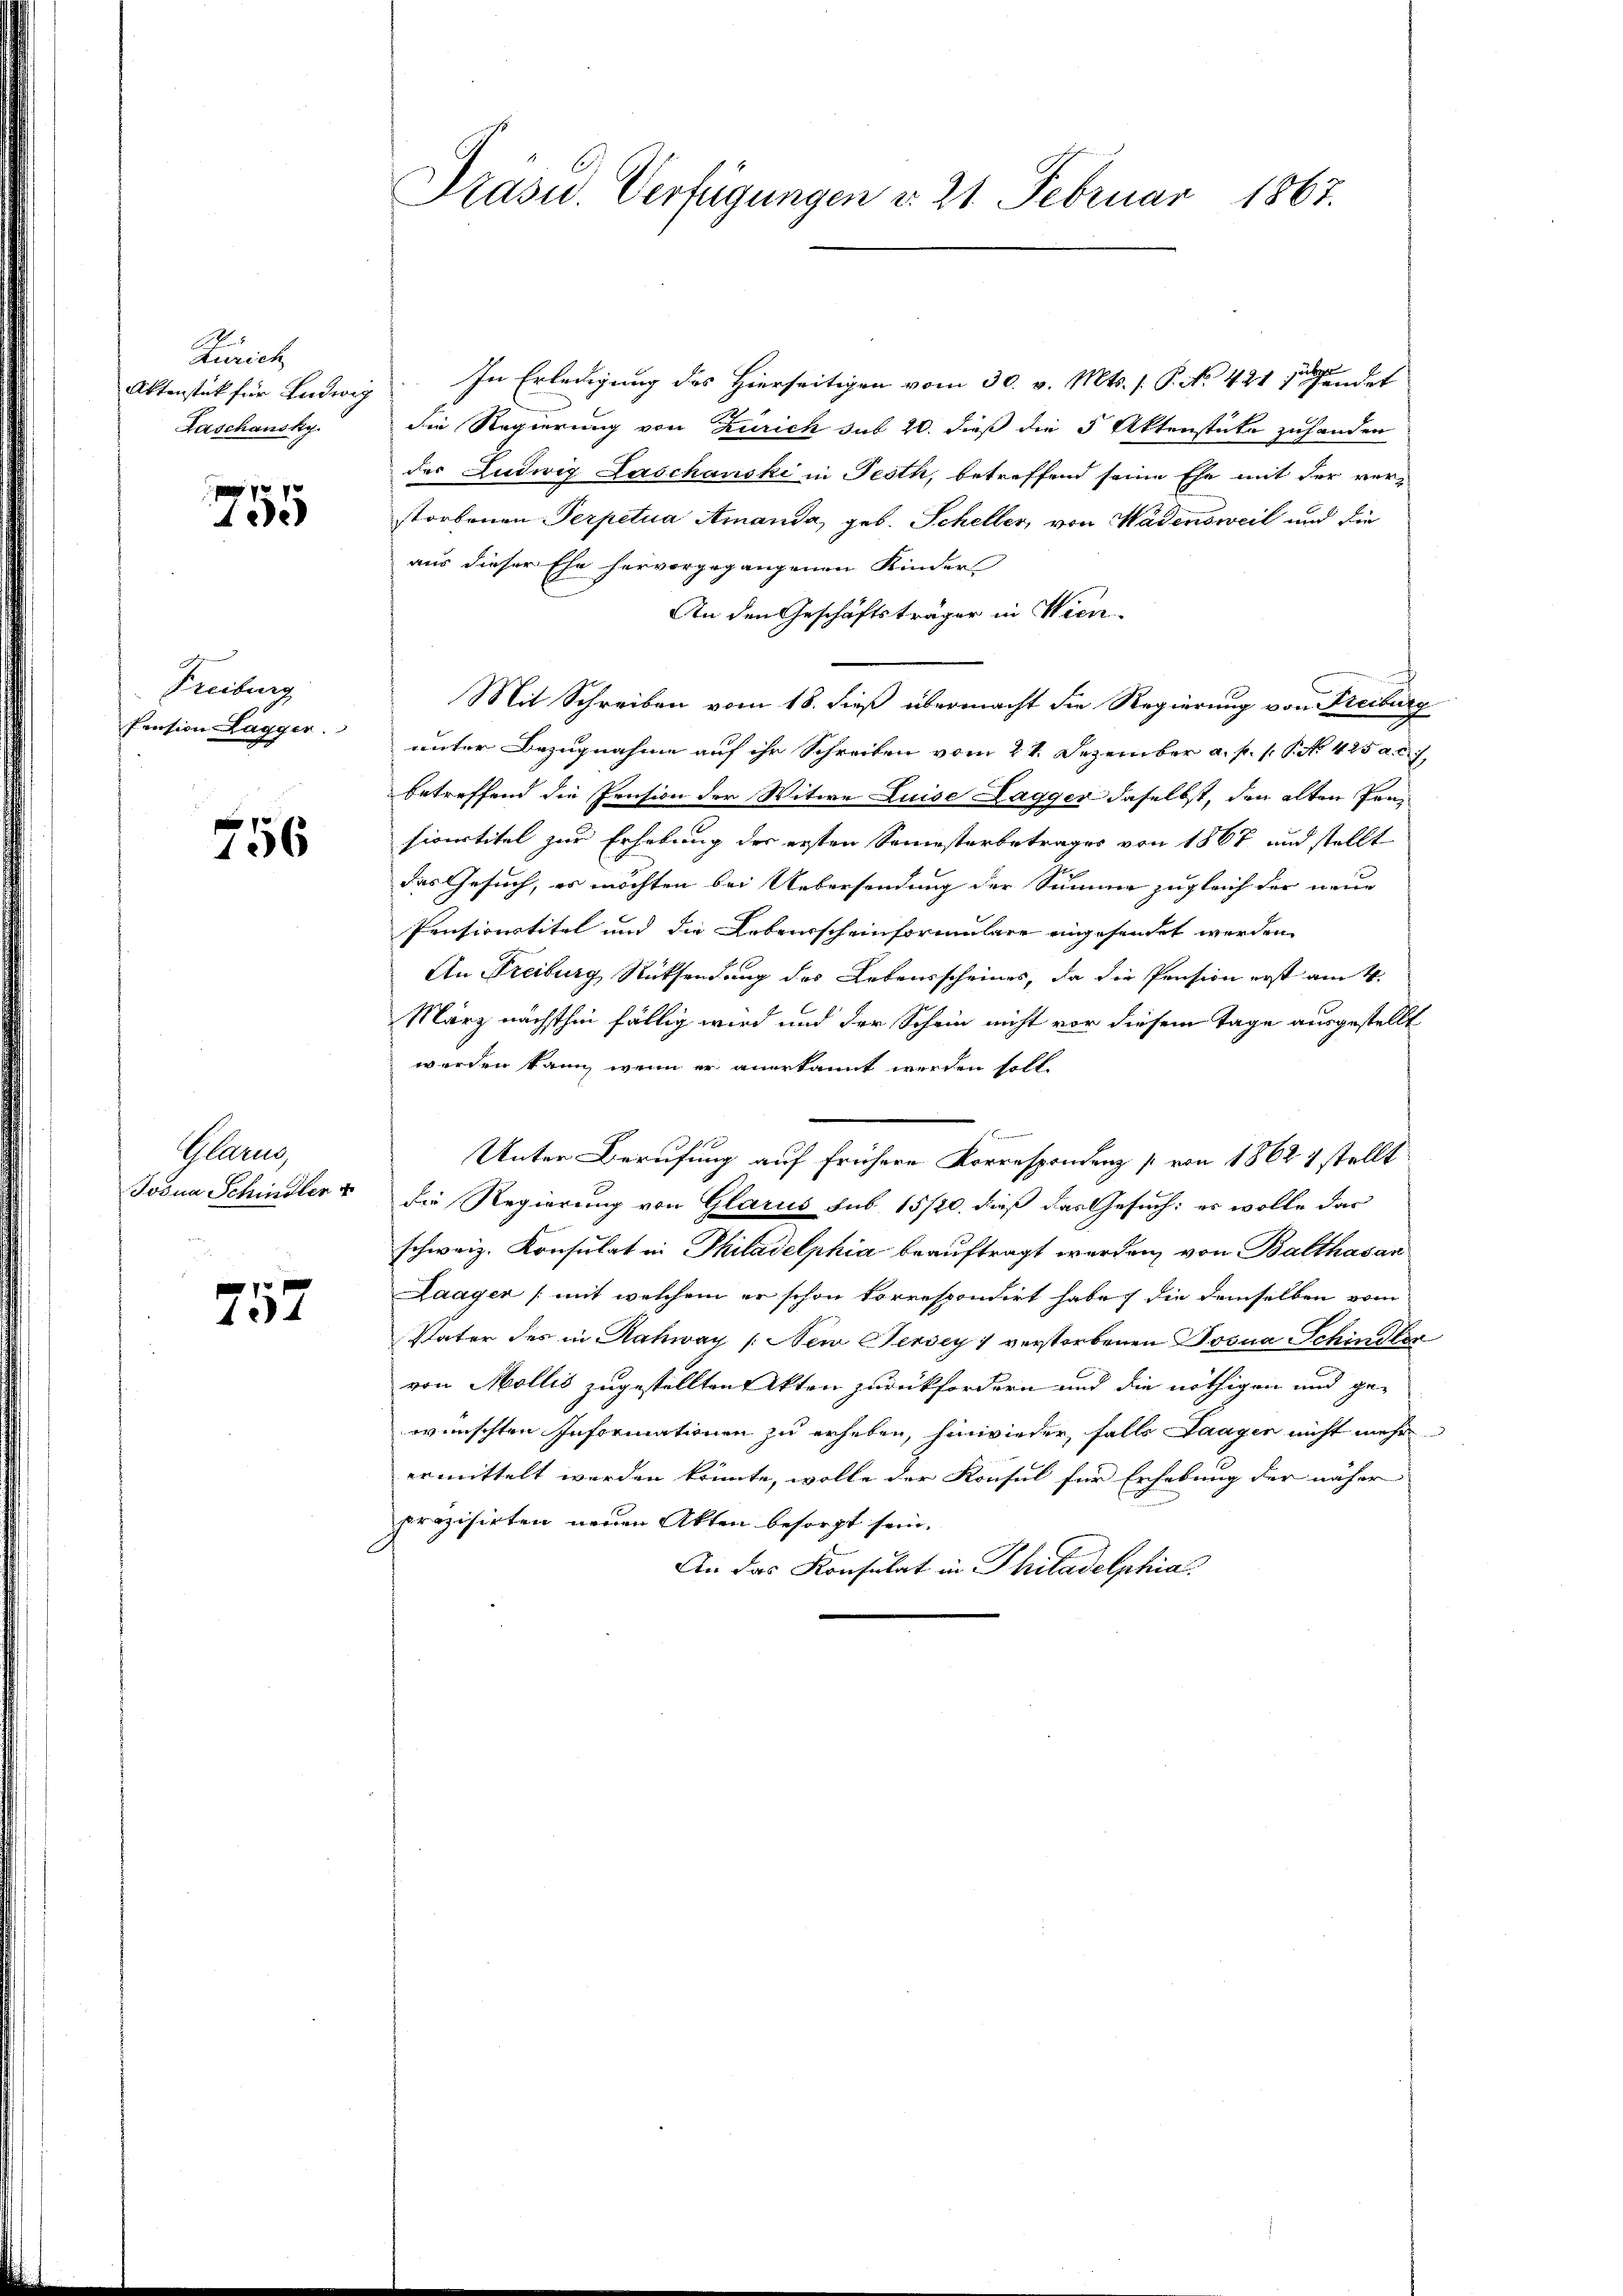
Zürich
Laschansky.

755

Freiburg
Pension Lagger.

756

Plan
Josua Schindler

757

Präsid. Verfügungen v. 21. Februar 1867.

Aktenstück für Ludwig In Erledigung des Hierseitigen vom 30. v. Mts. / P. No 421 det
die Regierung von Zürich sub 20. dieß die 5 Aktenstücke zuhanden
der Ludwig Laschanski in Festh, betreffend seine Ehe mit der ver-
storbenen Perpetua Amanda, geb. Scheller, von Wadensweil und die
aus dieser Ehe hervorgegangenen Kinders
An den Geschäftsträger in Wien.
Mit Schreiben vom 18. dieß übermacht die Regierung von Freiburg
unter Bezugnahme auf ihr Schreiben vom 21. Dezember a. p. 1. P. Nr. 425 a. c
betreffend die Pension der Witwe Luise Lagger daselbst, den alten Pensionstitel zur Erhebung des ersten Semesterbetrages von 1867 und stellt
das Gesuch, es möchten bei Uebersendung der Summe zugleich der neue
Pensionstitel und die Lebensscheinformulier eingesendet werden
An Freiburg Rücksendung des Lebensscheines, da die Pension erst am 4.
März nächsthin fällig wird und der Schein nicht vor diesem Tage ausgestellt
worden kann, wenn er anerkannt werden soll.
Unter Berufung auf frühere Korrespondenz von 1862 1 stellt
die Regierung von Glarus sub 15/20 dieß das Gesuch: es wolle das
schweiz. Konsulat in Philadelphia beauftragt werden, von Balthasan
Laagen (mit welchem er schon korrespondirt habe, die demselben vom
Vater des in Rahway / New Jersey) verstorbenen Josua Schinster
von Mollis zugestellten Akten zurückfordern und die nöthigen und ge-
wünschten Informationen zu erheben, hinwieder, falls Laagen nicht mehr
ermittelt werden könnte, wolle der Konsul für Erhebung der näher
prozisirten neuen Akten besorgt sein.
An das Konsulat in Philadelphia